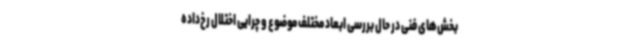
بخش‌های فنی در حال بررسی ابعاد مختلف موضوع و چرایی اختلال رخ‌داده